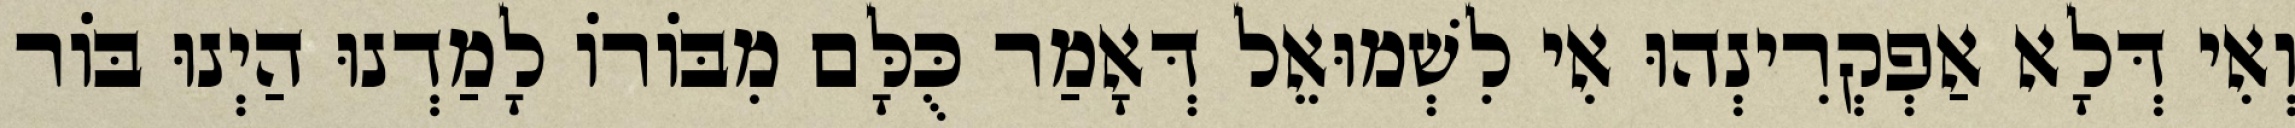
וְאִי דְּלָא אַפְקְרִינְהוּ אִי לִשְׁמוּאֵל דְּאָמַר כֻּלָּם מִבּוֹרוֹ לָמַדְנוּ הַיְנוּ בּוֹר